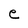
Character: e